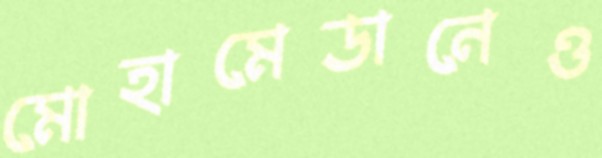
মোহামেডানেও